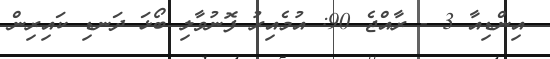
އިންޑިއާ 3 - ރާއްޖެ 90: އުމެއިރު ފޮނުވާލި ބޯޅަ ދަނޑި ކައިރިން